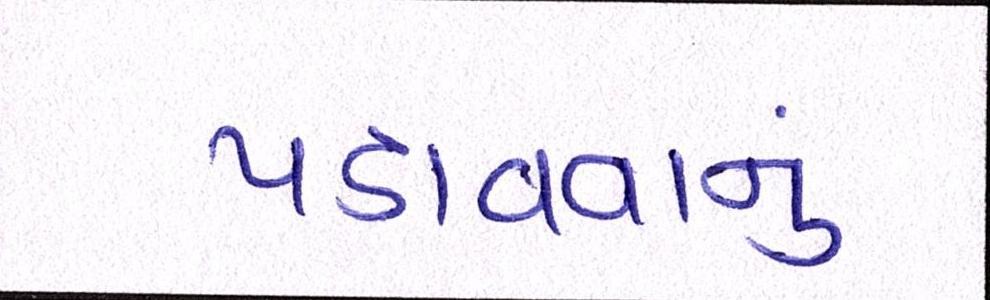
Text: પડાવવાનું